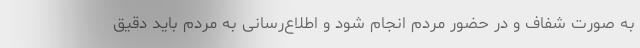
به صورت شفاف و در حضور مردم انجام شود و اطلاع‌رسانی به مردم باید دقیق